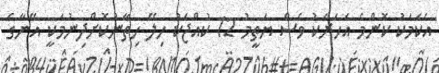
އެކަމަކު ކޮންމެ އަހަރަކު ވެސް ޔަތީމު 12 ކުއްޖަކު ހިލޭ ހިތާނުކޮށްދިނުމަކީ އޭނާގެ